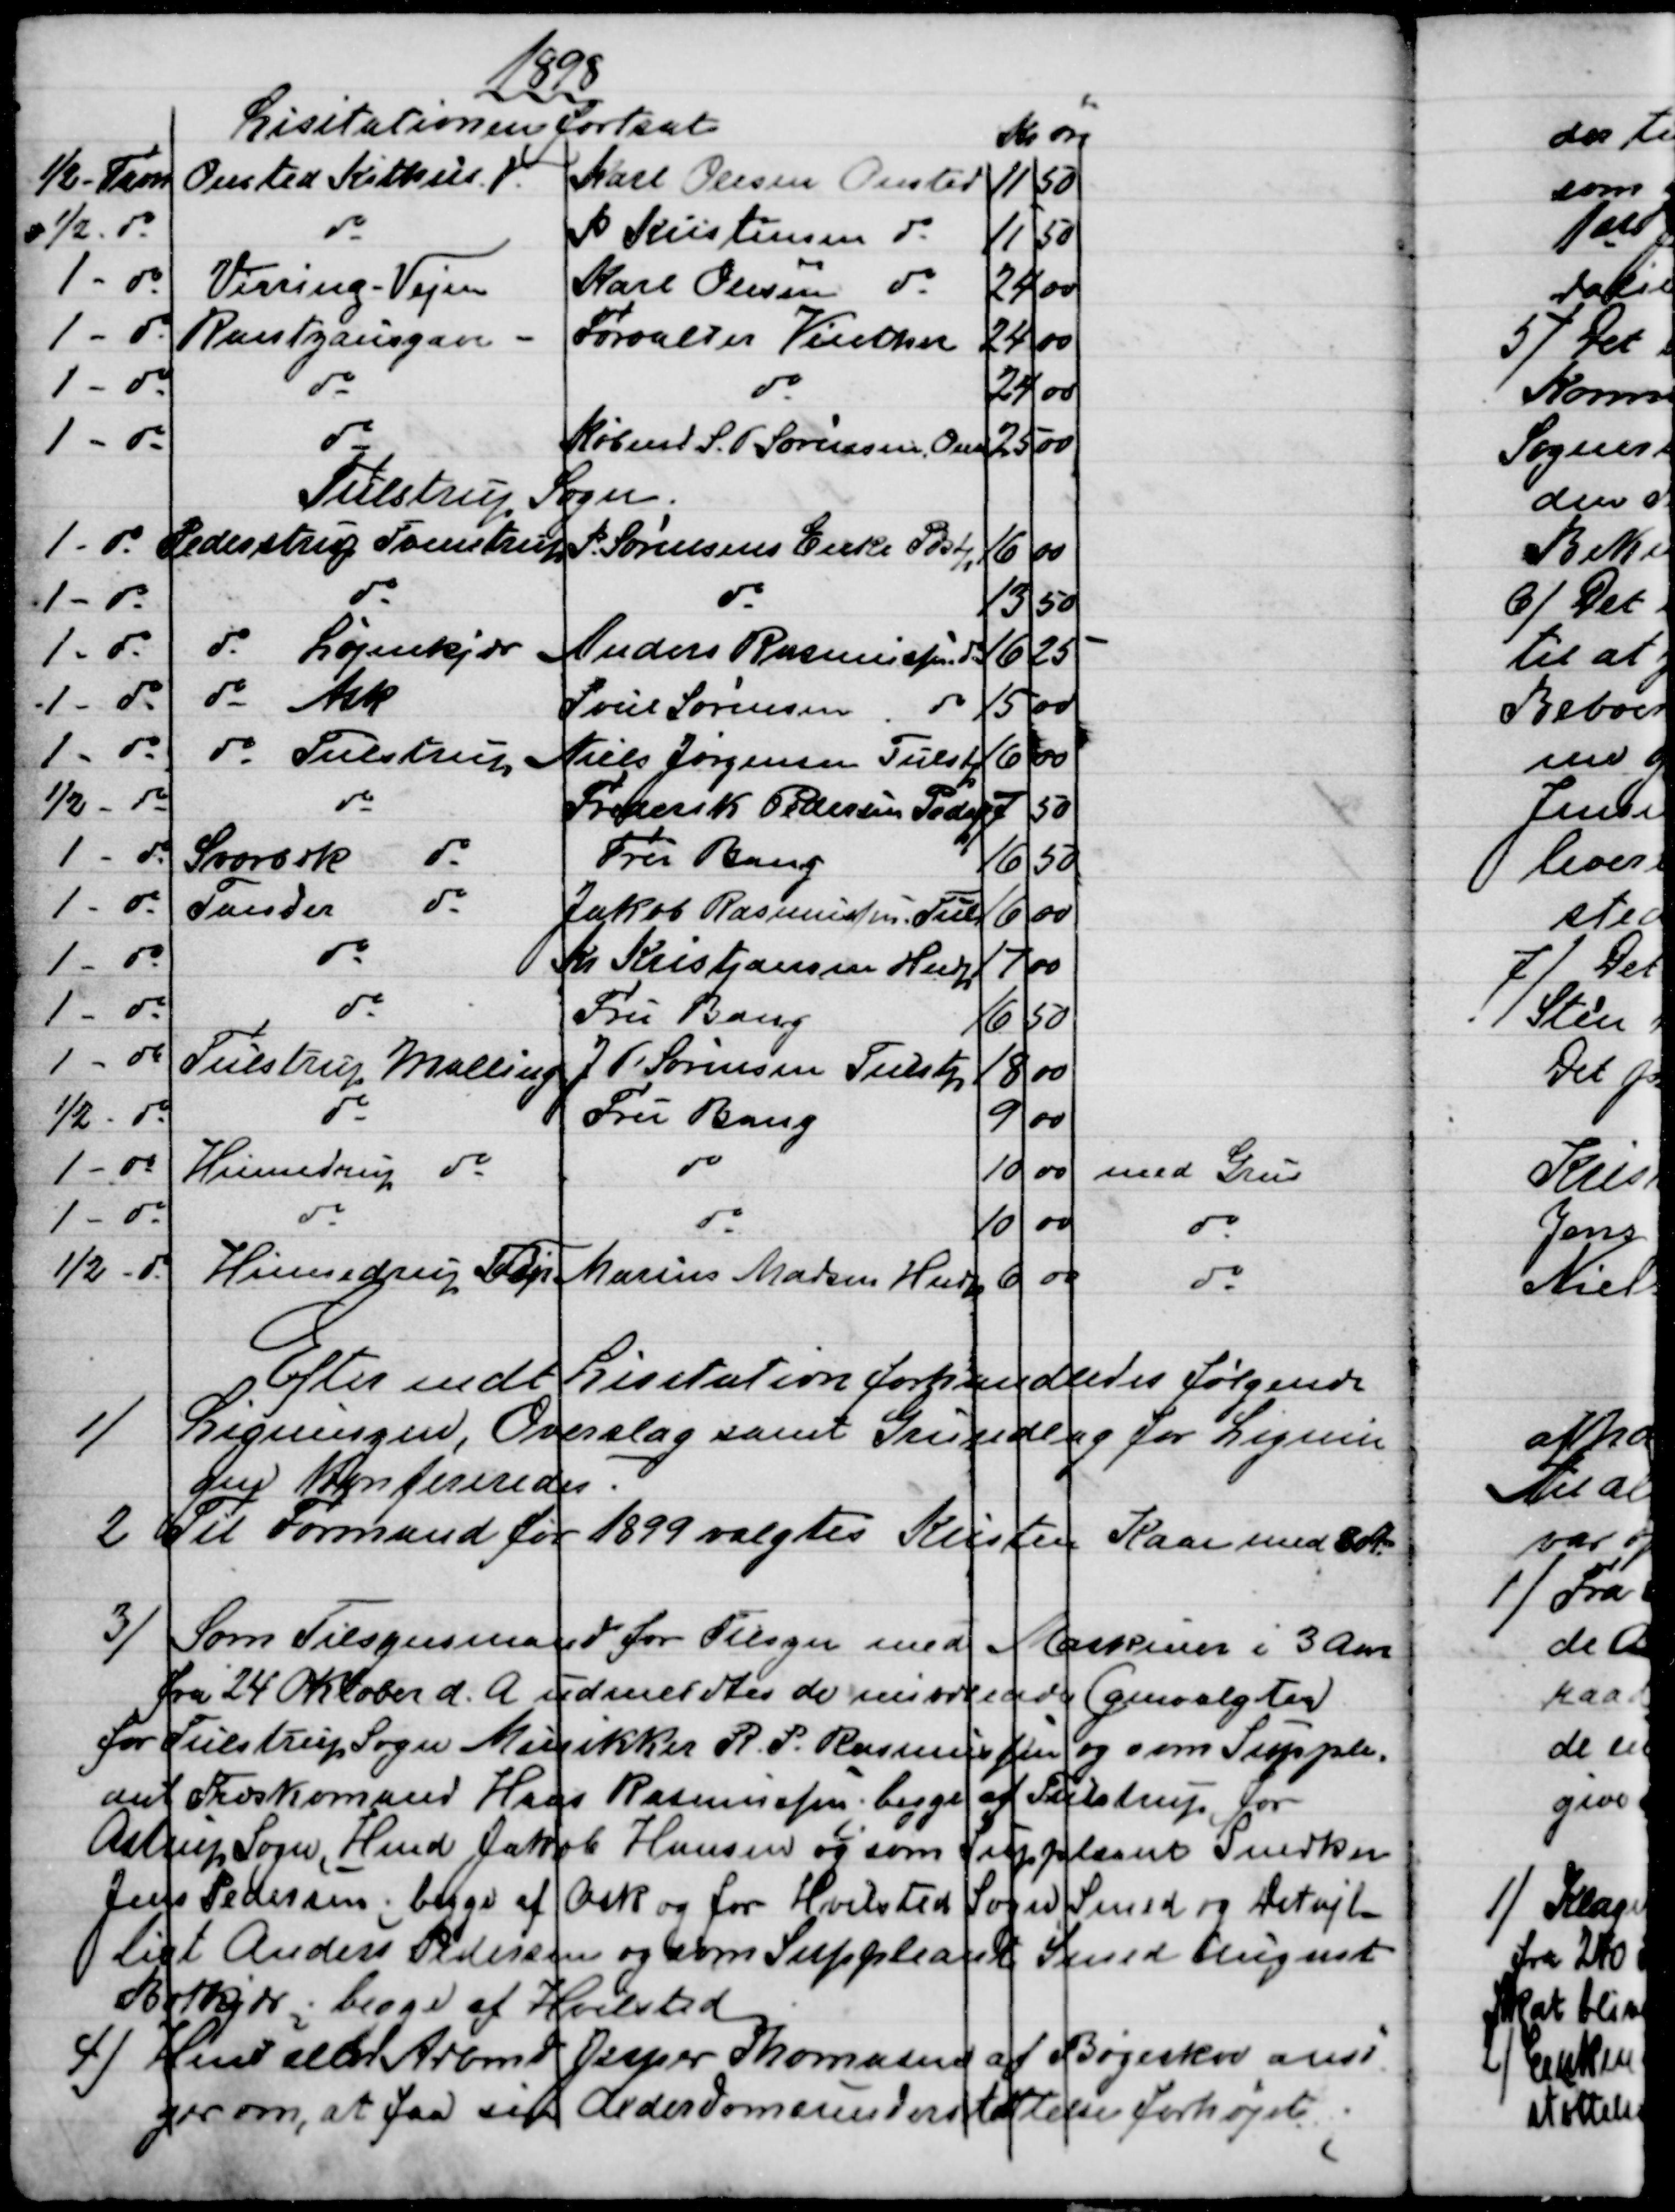
Transskription:
1898
Lisitationen fortsat
Kr
Øre
½ - Favn
Onsted Kithus V.
Karl Olesen Onsted
11
50
½ - do
do
P Kristensen do
11
50
1 - do
Virring Vejen
Karl Olesen do
24 
00
1 - do
Rantzausgave 
Forvalter Vinther
24
00
1 - do
do
do
24
00
1- do
do
Købmd S. P. Sørensen Onst
25
00
Tulstrup Sogn.
1 - do 
Pederstrup Tvenstrup
P. Sørensens Enke Pdstp
16
00
1 - do
do
do
13
50
1 - do
do Løjenkjær
Anders Rasmussen do
16
25
1 - do
do Ask
Poul Sørensen do
15
00
1 - do
do Tulstrup
Niels Jørgensen Tulstp
16
00
½ - do
do
Frederik Pedersen Pedstp
7
50
1 - do
Svorbæk 
do
Fru Bang
16
50
1 - do
Tander
do
Jakob Rasmussen Tuls
16
00
1 - do
do
Kr Kristjansen Hndp
17
00
1 - do
do
Fru Bang
16
50
1 - do
Tulstrup Malling
J. P. Sørensen Tulstp
18
00
½ - do
do
Fru Bang
9
00
1 - do
Hinnedrup do
do
10
00
med Grus
1 - do
do
do
10
00
do
½ - do
Hinnedrup Tulp
Marius Madsen Hndp
6
00
do
Efter endt Lisitation forhandledes følgende
1)
Ligningen, Overslag samt Grundlag for Lignin
gen konfereredes.
2
Til Formand for 1899 valgtes Kristen Kaae med 8 St.
3)
Som Tilsynsmand for Tilsyn med Maskiner i 3 Aar
fra 24 Oktober d. A. udmeldtes de nuværende (genvalgtes)
for Tulstrup Sogn Musikker R. P. Rasmussen og som Supple-
ant Træskomand Hans Rasmussen. begge af Tulstrup, for
Astrup Sogn, Hmd Jakob Hansen og som Suppleant Snedker
Jens Pedersen; begge af Ask og for Hvilsted Sogn Smed og Detajl-
list Anders Pedersen og som Suppleant Smed August
Bøtkjær; begge af Hvilsted
4) 
Hmd eller Arbmd Jesper Thomasen af Bøgeskov ansø
ger om, at faa sit Alderdomsunderstøttelse forhøjet